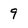
Character: 9